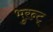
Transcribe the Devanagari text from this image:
भुरन्ट्